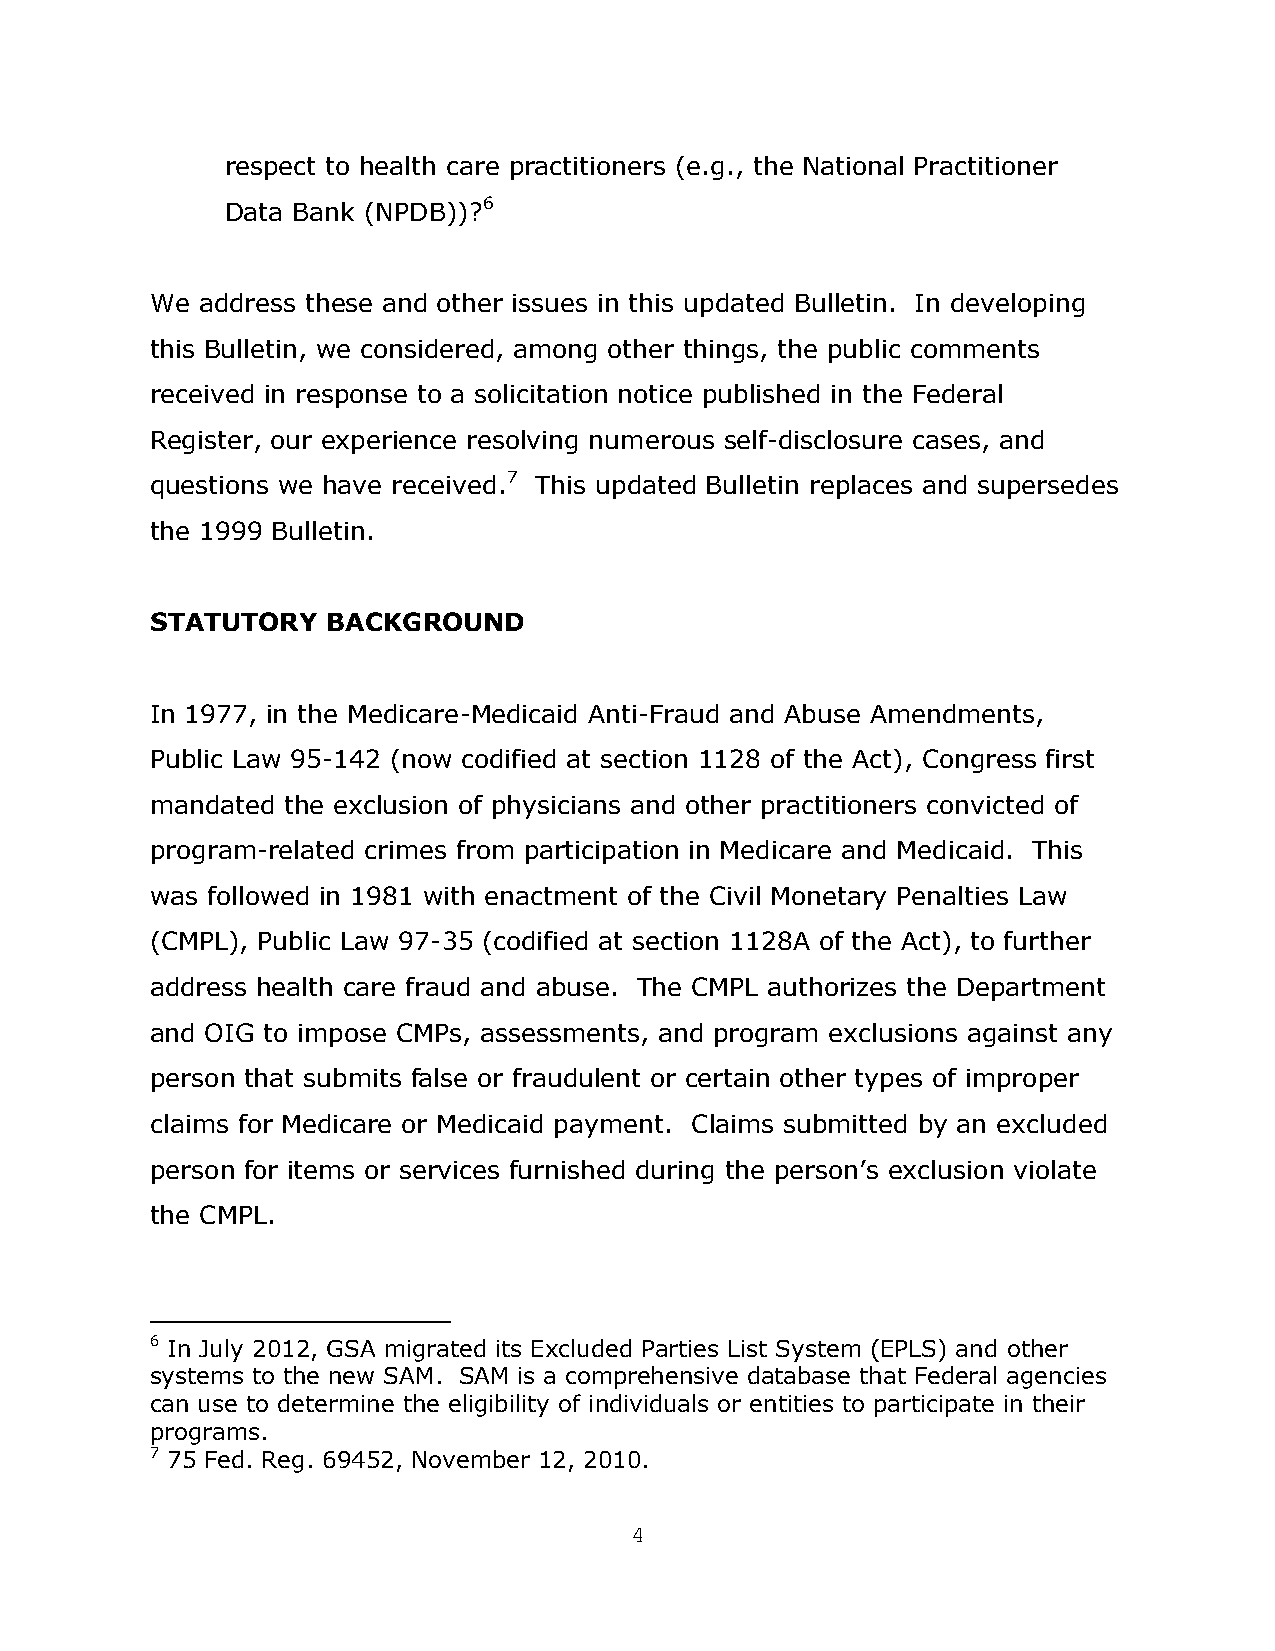
respect to health care practitioners (e.g., the National Practitioner
 Data Bank (NPDB))?6
 We address these and other issues in this updated Bulletin. In developing
 this Bulletin, we considered, among other things, the public comments
 received in response to a solicitation notice published in the Federal
 Register, our experience resolving numerous self-disclosure cases, and
 questions we have received.7 This updated Bulletin replaces and supersedes
 the 1999 Bulletin.
 STATUTORY   BACKGROUND
 In 1977, in the Medicare-Medicaid Anti-Fraud and Abuse Amendments,
 Public Law 95-142 (now codified at section 1128 of the Act), Congress first
 mandated the exclusion of physicians and other practitioners convicted of
 program-related crimes from participation in Medicare and Medicaid. This
 was followed in 1981 with enactment of the Civil Monetary Penalties Law
 (CMPL), Public Law 97-35 (codified at section 1128A of the Act), to further
 address health care fraud and abuse. The CMPL authorizes the Department
 and OIG to impose CMPs, assessments, and program exclusions against any
 person that submits false or fraudulent or certain other types of improper
 claims for Medicare or Medicaid payment. Claims submitted by an excluded
 person for items or services furnished during the person’s exclusion violate
 the CMPL.
 6 In July 2012, GSA migrated its Excluded Parties List System (EPLS) and other
 systems to the new SAM. SAM is a comprehensive database that Federal agencies
 can use to determine the eligibility of individuals or entities to participate in their
 programs.
 7 75 Fed. Reg. 69452, November 12, 2010.
 4